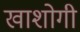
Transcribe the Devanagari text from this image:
खाशोगी